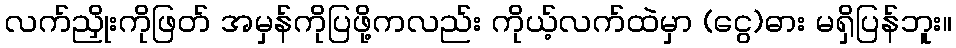
လက်ညှိုးကိုဖြတ် အမှန်ကိုပြဖို့ကလည်း ကိုယ့်လက်ထဲမှာ (ငွေ)ဓား မရှိပြန်ဘူး။